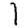
Digit: 1